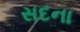
સદના